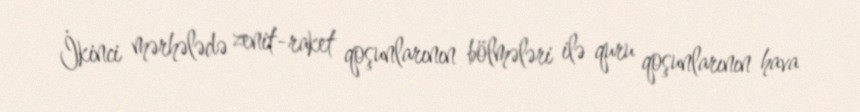
İkinci mərhələdə zenit-raket qoşunlarının bölmələri ilə quru qoşunlarının hava